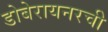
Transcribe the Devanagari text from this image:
डोबेरायनरची